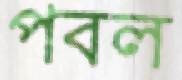
পবল